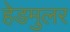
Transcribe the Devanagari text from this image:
हेडमुलर